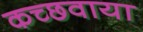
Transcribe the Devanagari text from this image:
कच्छवाया